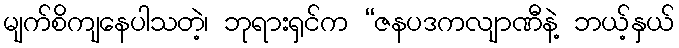
မျက်စိကျနေပါသတဲ့၊ ဘုရားရှင်က “ဇနပဒကလျာဏီနဲ့ ဘယ့်နှယ်